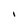
Character: I